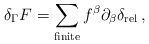
\begin{align*}\delta_\Gamma F=\sum_{\textrm{finite}}f^\beta\partial_\beta\delta_{\textrm{rel}}\,,\end{align*}